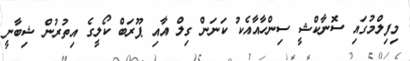
މިފިލްމުގައި ސޮނާކްޝީ ސިންހާއާއެކު ކަނަން ގިލް އާއި ޕޫރަބް ކޯލީގެ އިތުރުން ޝިބާނީ